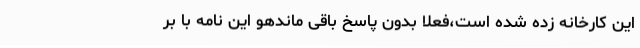
این کارخانه زده شده است،فعلا بدون پاسخ باقی ماندهو این نامه با بر